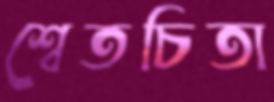
শ্বেতচিতা